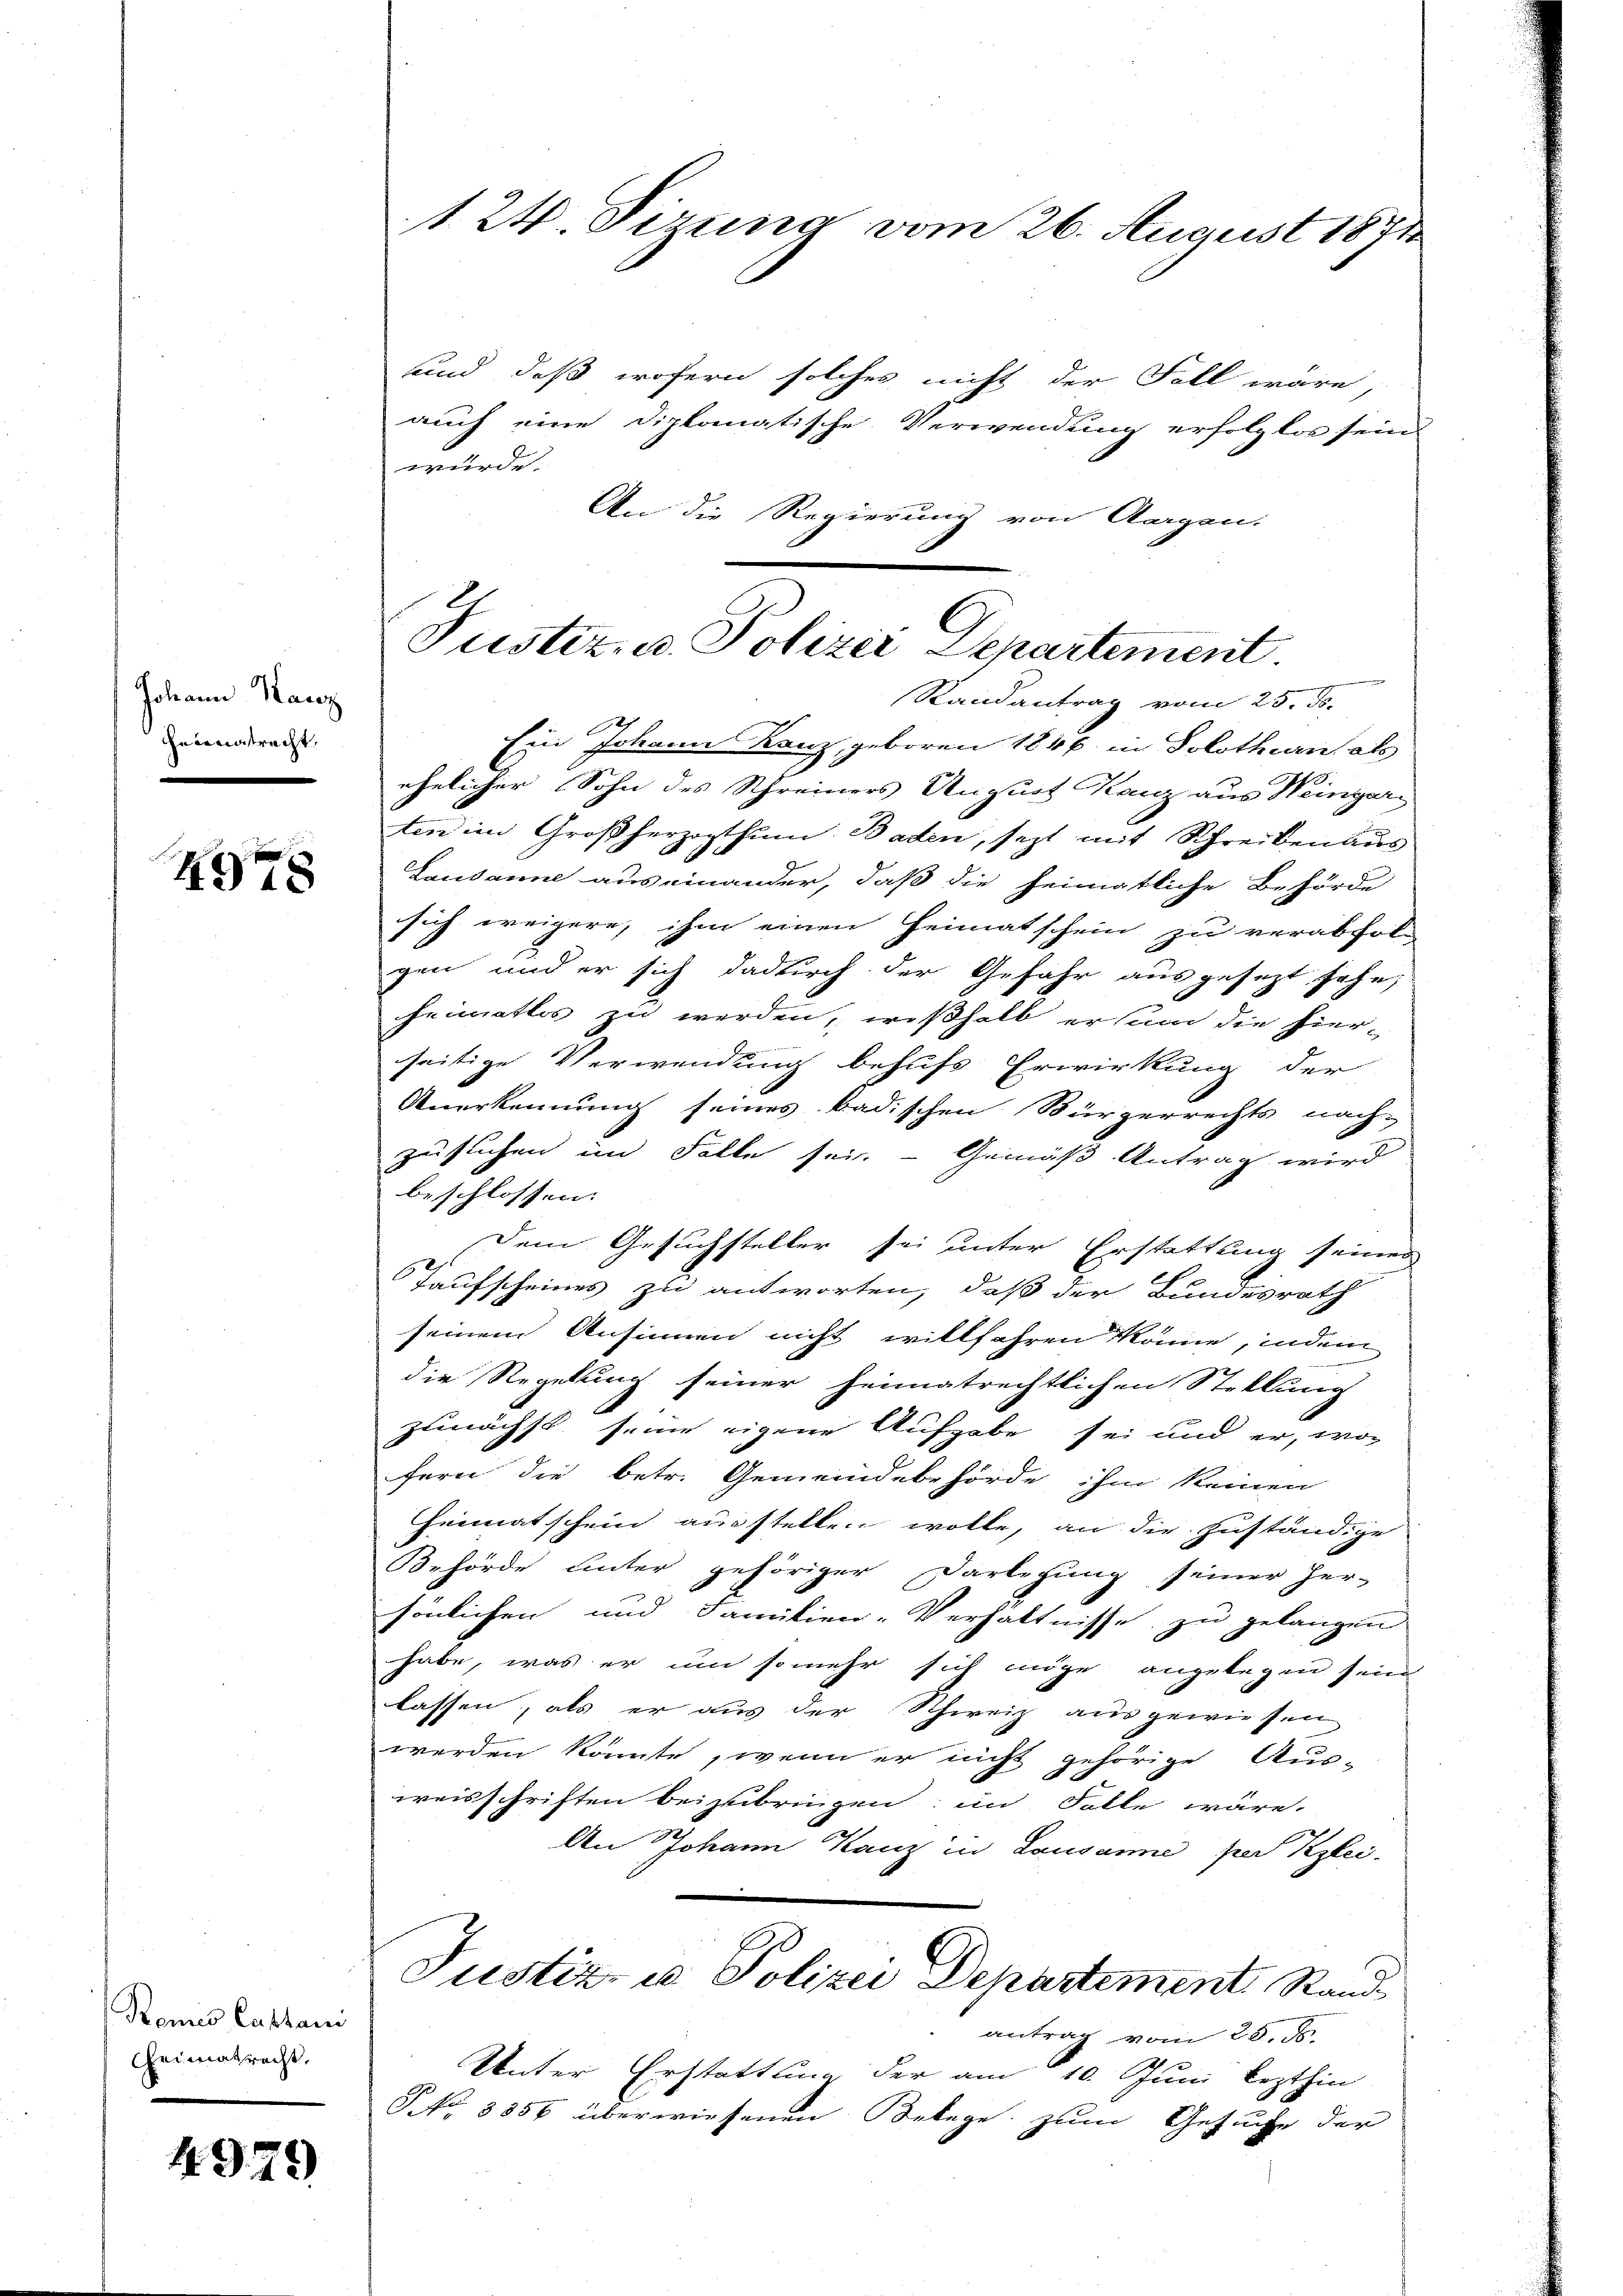
Johann Kanz
heintracht,

4978

Romnes Captani
Cheimatrecht,

4979

124. dirung vom 26. August 1871

und daß wofern solches nicht der Fall wäre,
auch eine diplomatische Verwendung erfolglos sein
wurde.
An die Regierung von Aargau.

Justiz- u. Polizei Departement.
Randantrag vom 25. ds.
Ein Johann Kanz, geboren 1846 in Solothurn, als
ehelicher Sohn des Schreiners August Kanz aus Weingar¬

ten im Großherzogthum Baden, jezt mit Schreiben aus
Lausanne aus einander, daß die heimatliche Behörde
sich weigere, ihm einen Heimatschein zu verabfol-
gen und er sich dadurch der Gefähr ausgesezt sehe,
heimatlos zu werden, weßhalb ersum die hier-
seitige Verwendung behufs Erwirkung der
Anerkennung seines badischen Bürgerrechts nach-
zusuchen im Falle sei. - Gemäß Antrag wird
beschlossen:
Dem Gesuchsteller sei unter Erstattung seines
Taufscheines zu antworten, daß der Bundesrath
seinem Ansinnen nicht willfahren könne, indem
die Regelung seiner heimatrechtlichen Stellung
zunächst seine eigene Aufgabe sei und er, wo
fern die betr. Gemeindebehörde ihm keinen
Heimatschein ausstellen wolle, an die Zuständige
Behörde unter gehöriger Darlegung seiner Her-
sönlichen und Familien-Verhältnisse zu gelangen
habe, was er um somehr sich möge angelegen sein
lassen, als er aus der Schweiz ausgewiesen
werden könnte, wenn er nicht gehörige Aus-
weisschriften beizubringen; im Falle wäre.
An Johann Kanz in Lausanne sei Klei-
Justiz- u Polizei Departement Stand
antrag vom 28.
Unter Erstattung der am 10. Juni lezthin
PNNo. 3356 überwiesenen Belege zum Gesuche der